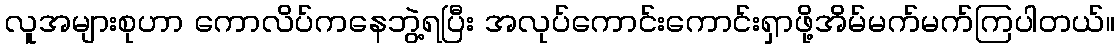
လူအများစုဟာ ကောလိပ်ကနေဘွဲ့ရပြီး အလုပ်ကောင်းကောင်းရှာဖို့အိမ်မက်မက်ကြပါတယ်။